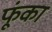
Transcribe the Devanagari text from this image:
फूंका